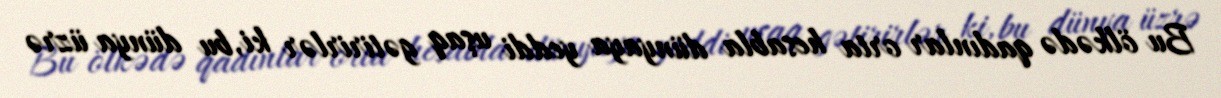
Bu ölkədə qadınlar orta hesabla dünyaya yeddi uşaq gətirirlər ki, bu dünya üzrə